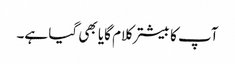
آپ کا بیشتر کلام گایا بھی گیا ہے۔